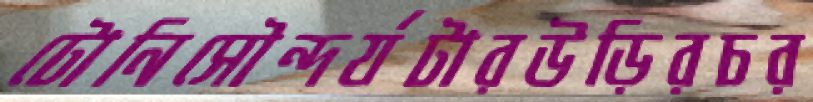
টোনিসৌন্দর্যটারউড়িরচর